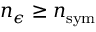
n _ { \epsilon } \geq n _ { \mathrm { s y m } }